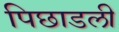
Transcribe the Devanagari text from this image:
पिछाडली